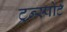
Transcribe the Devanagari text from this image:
ट्रन्स्पोर्ट